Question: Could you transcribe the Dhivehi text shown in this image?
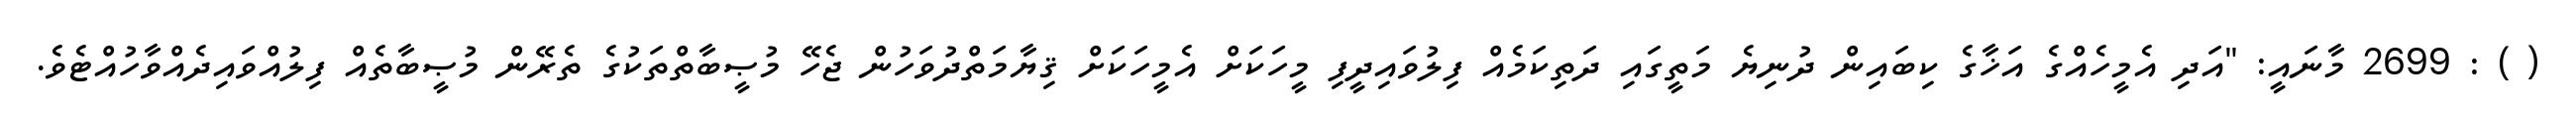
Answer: ( ) : 2699 މާނައީ: "އަދި އެމީހެއްގެ އަޚާގެ ކިބައިން ދުނިޔެ މަތީގައި ދަތިކަމެއް ފިލުވައިދީފި މީހަކަށް އެމީހަކަށް ޤިޔާމަތްދުވަހުން ޖެހޭ މުޞީބާތްތަކުގެ ތެރޭން މުޞީބާތެއް ފިލުއްވައިދެއްވާހުއްޓެވެ.